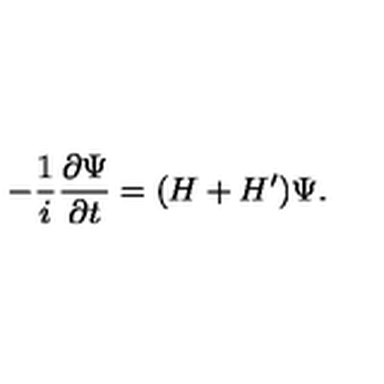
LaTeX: - { \frac { 1 } { i } } { \frac { \partial \Psi } { \partial t } } = ( H + H ^ { \prime } ) \Psi .